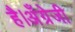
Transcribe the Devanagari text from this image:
है।अँग्रेजी